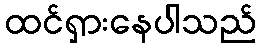
ထင်ရှားနေပါသည်